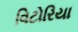
વિટોરિયા